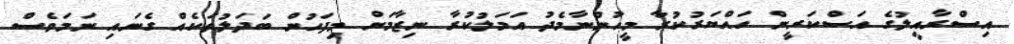
އިސްރާއީލުގެ އަސްކަރީން ހައްޔަރުކުރާ މީހުންނާމެދު އަމަލުކުރާ ނިޒާމަށް މިފަހުން ބަދަލުތަކެއް ގެނައި ނަމަވެސް